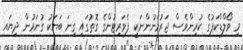
މި ވޯލްޑްކަޕުގެ ކުރިންވެސް ޖަރުމަނުންނަކީ ފެވަރިޓުންގެ ގޮތުގައި ގިނަ ބަޔަކު ގުނަމުން ދިޔައ